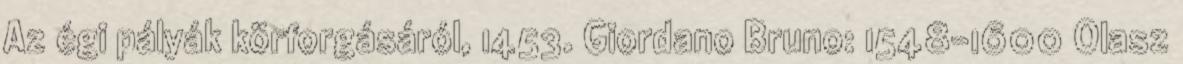
Az égi pályák körforgásáról, 1453. Giordano Bruno: 1548-1600 Olasz